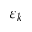
\varepsilon _ { k }